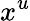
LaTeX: x^{u}